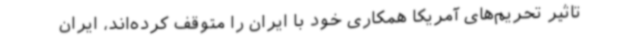
تاثیر تحریم‌های آمریکا همکاری خود با ایران را متوقف کرده‌اند، ایران